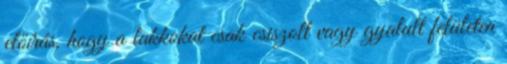
előírás, hogy a lakkokat csak csiszolt vagy gyalult felületen